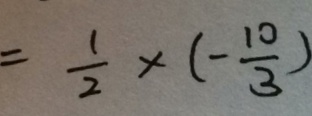
= \frac { 1 } { 2 } \times ( - \frac { 1 0 } { 3 } )